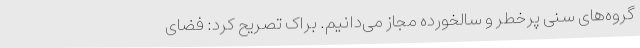
گروه‌های سنی پرخطر و سالخورده مجاز می‌دانیم. براک تصریح کرد: فضای